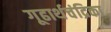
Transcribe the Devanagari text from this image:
गूढार्थचंद्रिका